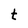
Character: t